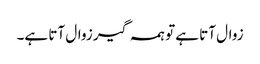
زوال آتا ہے تو ہمہ گیر زوال آتا ہے۔